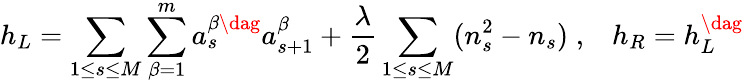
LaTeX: h_{L}=\sum_{1\leq s\leq M}\sum_{\beta=1}^{m}a_{s}^{\beta\dag}a_{s+1}^{\beta}+\frac{\lambda}{2}\sum_{1\leq s\leq M}(n_{s}^{2}-n_{s})\; ,\; \; \; h_{R}=h_{L}^{\dag}